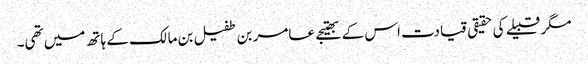
مگر قبیلے کی حقیقی قیادت اس کے بھتیجے عامر بن طفیل بن مالک کے ہاتھ میں تھی۔